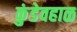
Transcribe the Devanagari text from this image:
कुंडेवहाळ